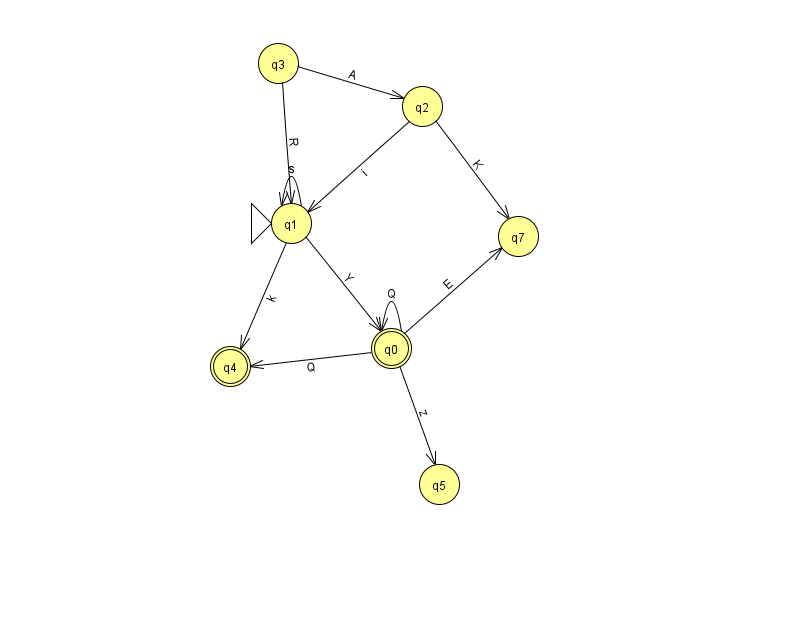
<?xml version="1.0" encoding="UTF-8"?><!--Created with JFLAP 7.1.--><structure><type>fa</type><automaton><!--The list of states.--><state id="0" name="q0"><x>391.0</x><y>335.0</y><final/></state><state id="1" name="q1"><x>291.0</x><y>210.0</y><initial/></state><state id="2" name="q2"><x>422.0</x><y>93.0</y></state><state id="3" name="q3"><x>278.0</x><y>50.0</y></state><state id="4" name="q4"><x>230.0</x><y>353.0</y><final/></state><state id="5" name="q5"><x>439.0</x><y>471.0</y></state><state id="7" name="q7"><x>518.0</x><y>223.0</y></state><!--The list of transitions.--><transition><from>0</from><to>0</to><read>Q</read></transition><transition><from>2</from><to>1</to><read>i</read></transition><transition><from>3</from><to>1</to><read>R</read></transition><transition><from>1</from><to>1</to><read>s</read></transition><transition><from>1</from><to>4</to><read>k</read></transition><transition><from>0</from><to>7</to><read>E</read></transition><transition><from>2</from><to>7</to><read>K</read></transition><transition><from>3</from><to>2</to><read>A</read></transition><transition><from>0</from><to>4</to><read>Q</read></transition><transition><from>0</from><to>5</to><read>z</read></transition><transition><from>1</from><to>0</to><read>Y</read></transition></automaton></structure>